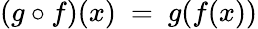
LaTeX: (g\circ f)(x)\ =\ g(f(x))